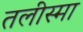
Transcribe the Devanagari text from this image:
तलीस्‍मा